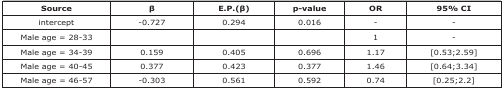
<table><thead><tr><td><b>Source</b></td><td><b>β</b></td><td><b>E.P.(β)</b></td><td><b>p-value</b></td><td><b>OR</b></td><td><b>95% CI</b></td></tr></thead><tbody><tr><td>intercept</td><td>-0.727</td><td>0.294</td><td>0.016</td><td>-</td><td>-</td></tr><tr><td>Male age = 28-33</td><td> </td><td> </td><td> </td><td>1</td><td>-</td></tr><tr><td>Male age = 34-39</td><td>0.159</td><td>0.405</td><td>0.696</td><td>1.17</td><td>[0.53;2.59]</td></tr><tr><td>Male age = 40-45</td><td>0.377</td><td>0.423</td><td>0.377</td><td>1.46</td><td>[0.64;3.34]</td></tr><tr><td>Male age = 46-57</td><td>-0.303</td><td>0.561</td><td>0.592</td><td>0.74</td><td>[0.25;2.2]</td></tr></tbody></table>